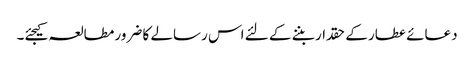
دعائے عطار کے حقدار بننے کے لئے اس رسالے کا ضرور مطالعہ کیجئے۔